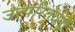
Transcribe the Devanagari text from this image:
उत्परितर्वनों